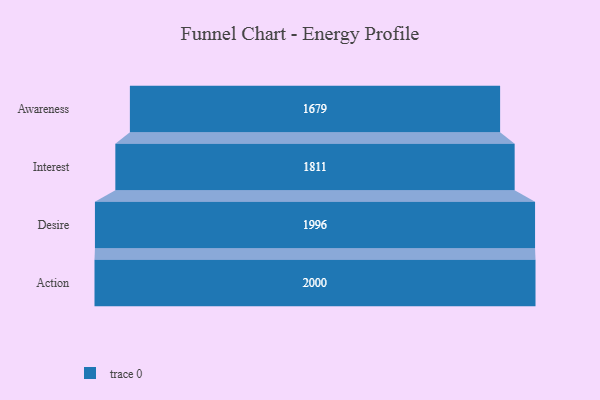
{"axis": {"x": "Stage", "y": "Value"}, "legend": [""], "data": [{"x": "Awareness", "y": 1679.0, "type": ""}, {"x": "Interest", "y": 1811.0, "type": ""}, {"x": "Desire", "y": 1996.0, "type": ""}, {"x": "Action", "y": 2000, "type": ""}]}